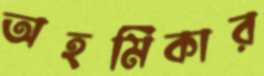
অহমিকার